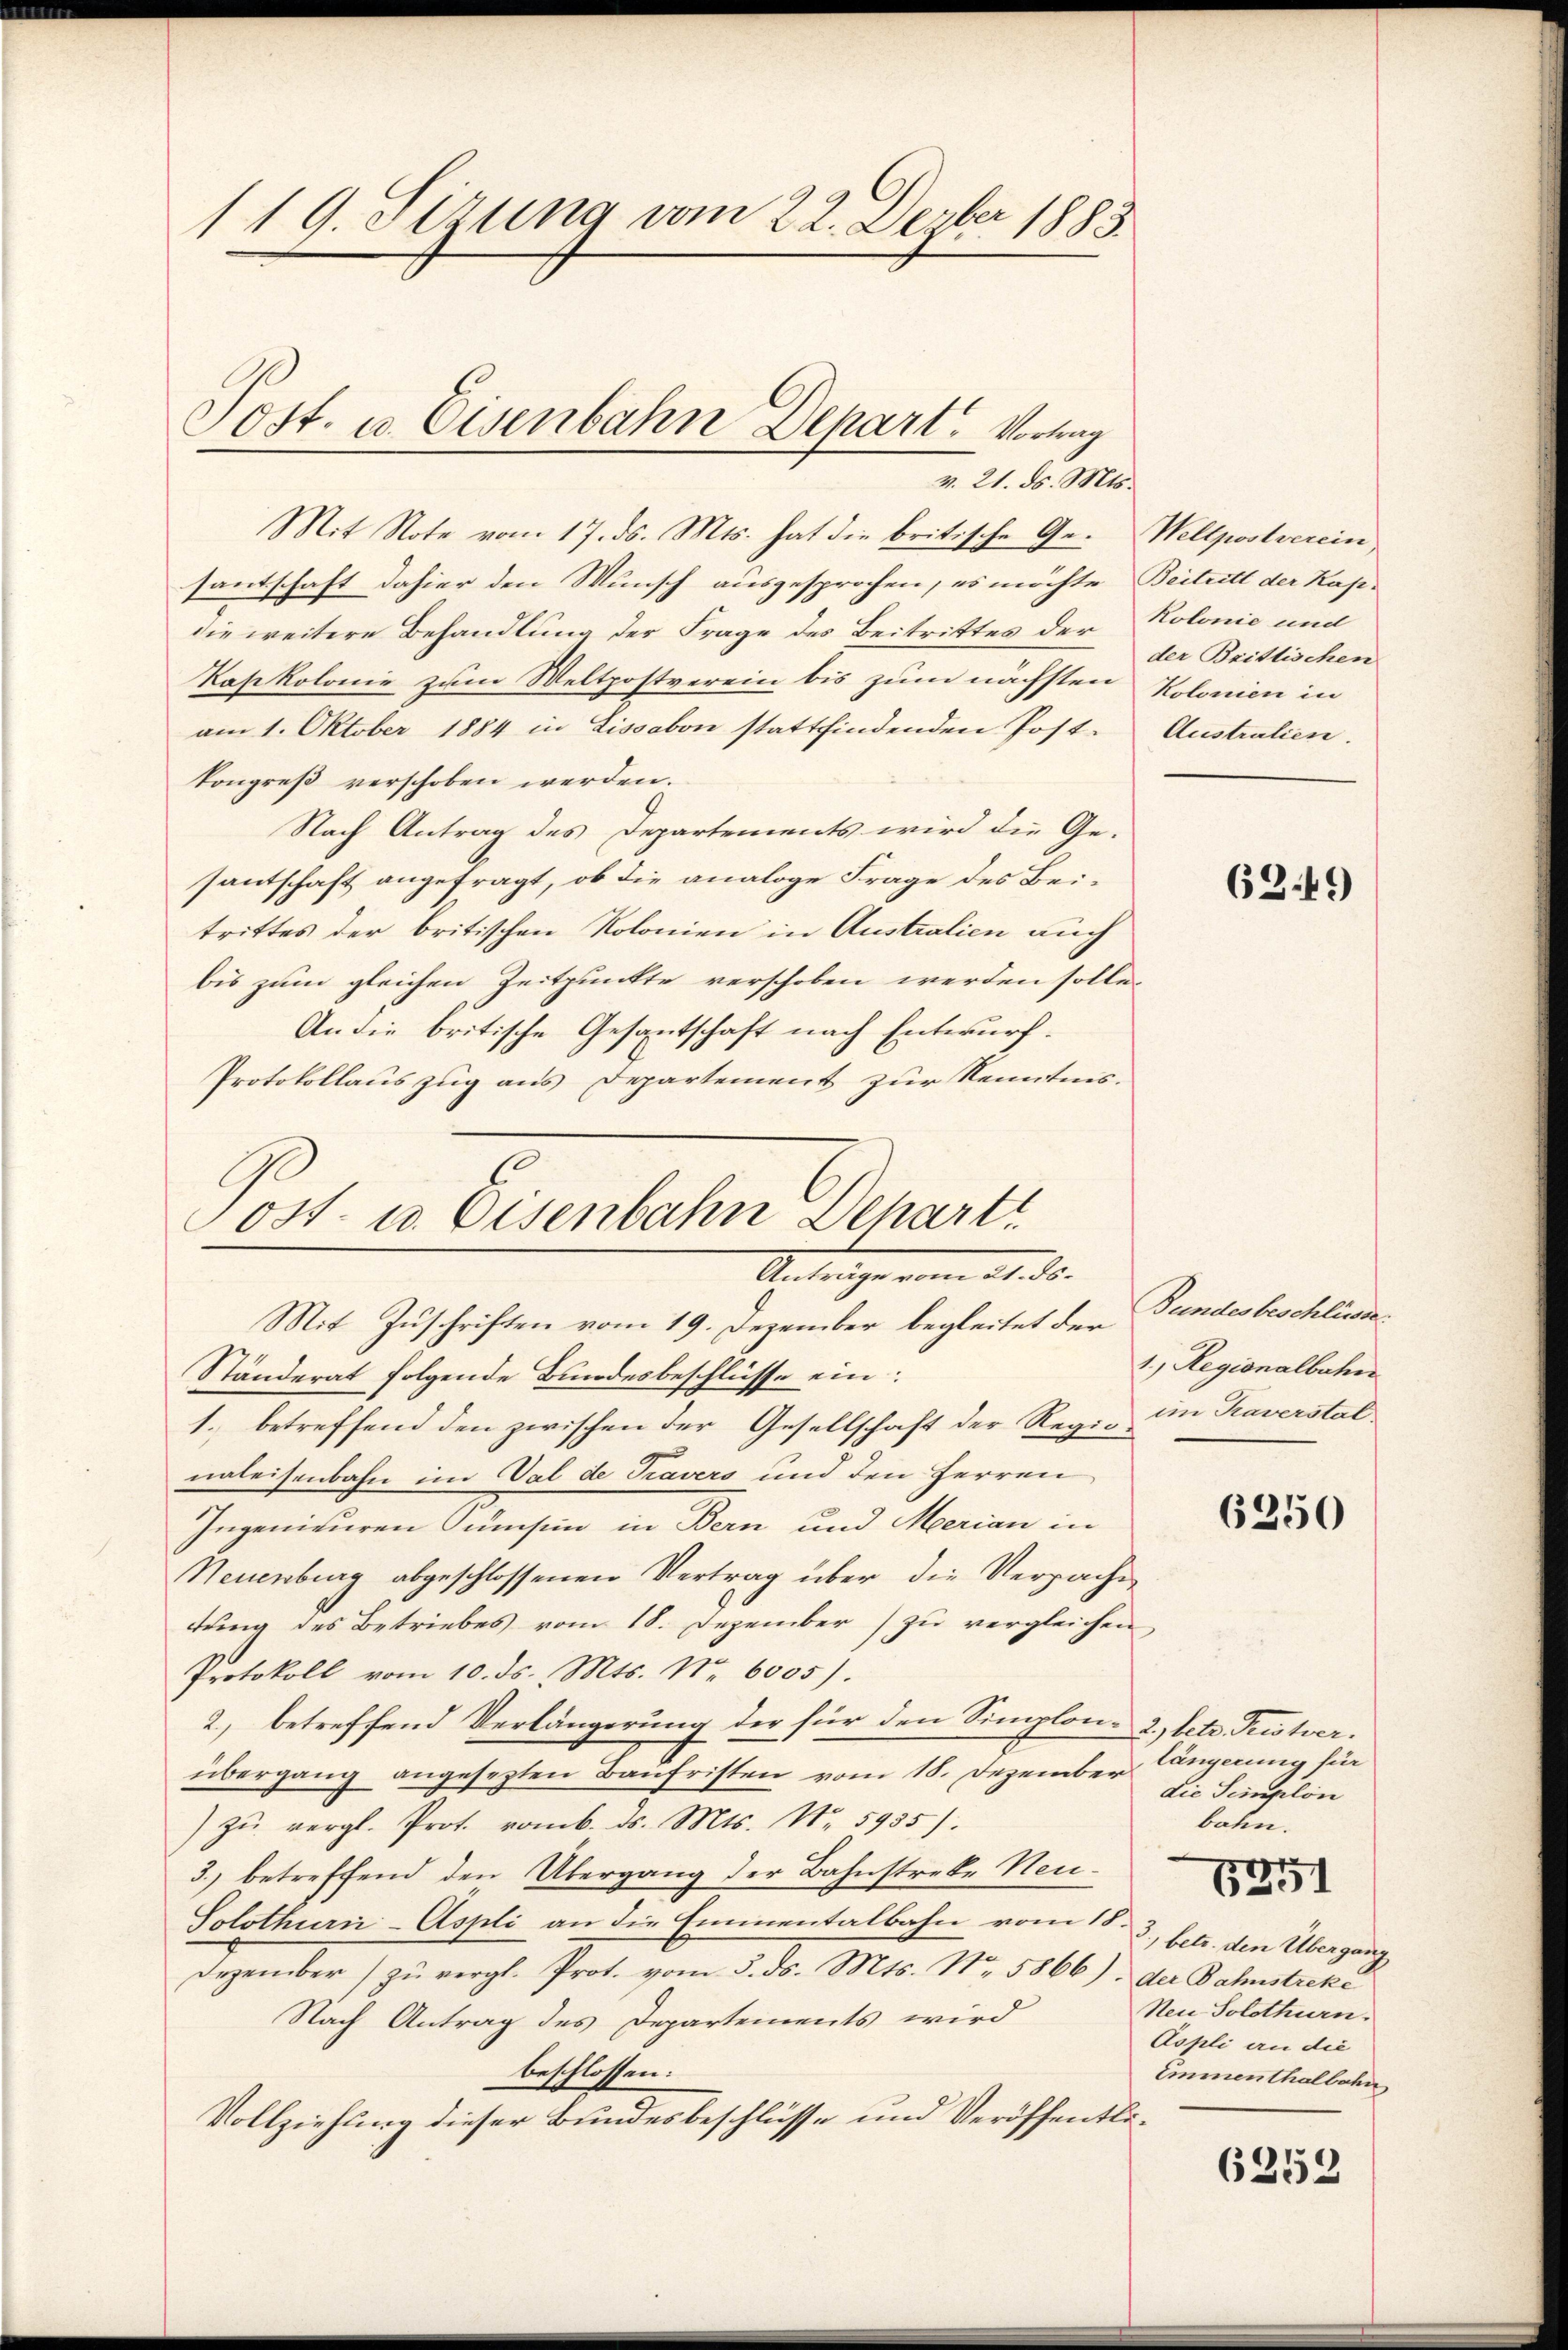
119. Sizung vom 22. Dezber 1883.

Mit Note vom 17. ds. Mts. hat die britische Gesantschaft dahier den Wunsch ausgesprochen, es möchte Beitritt der Kap-
die weitere Behandlung der Frage des Beitrittes der
Kakolonie zum Weltpostverein bis zum nächsten
am 1. Oktober 1884 in Lissabon stattfindenden Post-
kongreß verschoben werden.
Nach Antrag des Departements wird die Ge-
santschaft angefragt, ob die analoge Frage des Beitrittes der britischen Kolonien in Australien auch
bis zum gleichen Zeitpunkte verschoben werden solle.
An die britische Gesantschaft nach Entwurf.
Protokollauszug aus Departement zur Kenntnis.
ost- u. Osenbahn Schart

Sost. u. Eisenbahn Depart. Vorling
v. 21. ds. Mts.

Antrage vom 21. ds.
Mit Zuschriften vom 19. Dezember begleitet der Pandesbeschlände¬

Ständerat folgende Bundesbeschlüsse ein:
1. betreffend den zwischen der Gesellschaft der Regie in Kaverstal
naleisenbahn im Val de Travers und den Herren
Ingenieuren Sumsin in Bern und Merian in
Neuenburg abgeschlossenen Vertrag über die Verpache
tung des Betriebes vom 18. Dezember) zu vergleichen
Protokoll vom 10. ds. Mts. Nr. 6005).
2., betreffend Verlängerung der für den Simplon- 2.) betr. Tristverübergang angesezten Baufristen vom 18. Dezember längerung für
) zŭ vergl. Prot. vomb. ds. Mts. No. 5935).
3.) betreffend den Übergang der Bahnstreke Neu¬
Solothurn-Aspli an die Emmentalbahn vom 18.
Dezember zŭ vergl. Prot. vom 5. ds. Mts. Nr. 5866) der Bahnstreke
Nach Antrag des Departements wird
beschlossen:
Vollziehung dieser Bundesbeschlüsse und Veröffentli¬

Wellpostverein,
Kolonie und
der Brittischen
Kolonien in
Australien.

6249

1.) Regionalbahn

6250

die Seinplon
bahn.

e
)
5391

3., betr. den Übergang
Neu Solothurn.
Aspli an die
Emmenthalbahn

6252